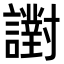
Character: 譵